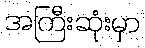
အကြီးဆုံးမှာ